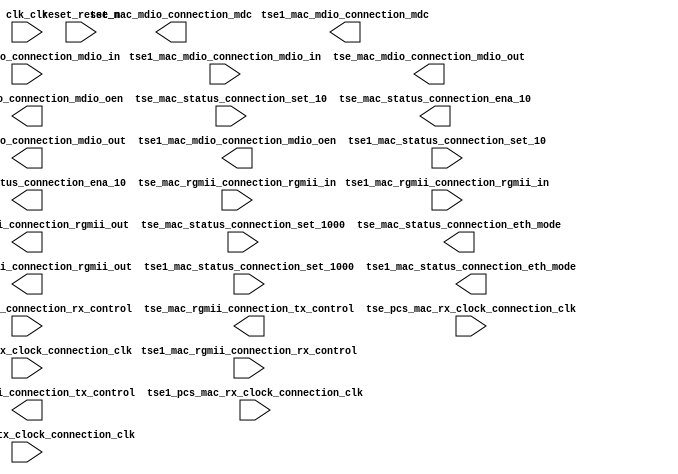

module nios_system (
	clk_clk,
	reset_reset_n,
	tse1_mac_mdio_connection_mdc,
	tse1_mac_mdio_connection_mdio_in,
	tse1_mac_mdio_connection_mdio_out,
	tse1_mac_mdio_connection_mdio_oen,
	tse1_mac_rgmii_connection_rgmii_in,
	tse1_mac_rgmii_connection_rgmii_out,
	tse1_mac_rgmii_connection_rx_control,
	tse1_mac_rgmii_connection_tx_control,
	tse1_mac_status_connection_set_10,
	tse1_mac_status_connection_set_1000,
	tse1_mac_status_connection_eth_mode,
	tse1_mac_status_connection_ena_10,
	tse1_pcs_mac_rx_clock_connection_clk,
	tse1_pcs_mac_tx_clock_connection_clk,
	tse_mac_mdio_connection_mdc,
	tse_mac_mdio_connection_mdio_in,
	tse_mac_mdio_connection_mdio_out,
	tse_mac_mdio_connection_mdio_oen,
	tse_mac_rgmii_connection_rgmii_in,
	tse_mac_rgmii_connection_rgmii_out,
	tse_mac_rgmii_connection_rx_control,
	tse_mac_rgmii_connection_tx_control,
	tse_mac_status_connection_set_10,
	tse_mac_status_connection_set_1000,
	tse_mac_status_connection_eth_mode,
	tse_mac_status_connection_ena_10,
	tse_pcs_mac_rx_clock_connection_clk,
	tse_pcs_mac_tx_clock_connection_clk);	

	input		clk_clk;
	input		reset_reset_n;
	output		tse1_mac_mdio_connection_mdc;
	input		tse1_mac_mdio_connection_mdio_in;
	output		tse1_mac_mdio_connection_mdio_out;
	output		tse1_mac_mdio_connection_mdio_oen;
	input	[3:0]	tse1_mac_rgmii_connection_rgmii_in;
	output	[3:0]	tse1_mac_rgmii_connection_rgmii_out;
	input		tse1_mac_rgmii_connection_rx_control;
	output		tse1_mac_rgmii_connection_tx_control;
	input		tse1_mac_status_connection_set_10;
	input		tse1_mac_status_connection_set_1000;
	output		tse1_mac_status_connection_eth_mode;
	output		tse1_mac_status_connection_ena_10;
	input		tse1_pcs_mac_rx_clock_connection_clk;
	input		tse1_pcs_mac_tx_clock_connection_clk;
	output		tse_mac_mdio_connection_mdc;
	input		tse_mac_mdio_connection_mdio_in;
	output		tse_mac_mdio_connection_mdio_out;
	output		tse_mac_mdio_connection_mdio_oen;
	input	[3:0]	tse_mac_rgmii_connection_rgmii_in;
	output	[3:0]	tse_mac_rgmii_connection_rgmii_out;
	input		tse_mac_rgmii_connection_rx_control;
	output		tse_mac_rgmii_connection_tx_control;
	input		tse_mac_status_connection_set_10;
	input		tse_mac_status_connection_set_1000;
	output		tse_mac_status_connection_eth_mode;
	output		tse_mac_status_connection_ena_10;
	input		tse_pcs_mac_rx_clock_connection_clk;
	input		tse_pcs_mac_tx_clock_connection_clk;
endmodule